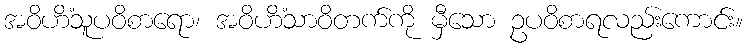
အဝိဟိံသူပဝိစာရော၊ အဝိဟိံသာဝိတက်ကို မှီသော ဥပဝိစာရလည်းကောင်း။